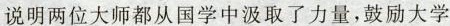
说明两位大师都从国学中汲取了力量，鼓励大学